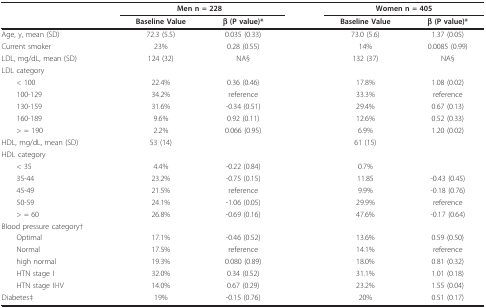
<table><thead><tr><td></td><td colspan="2"><b>Men n = 228</b></td><td></td><td colspan="2"><b>Women n = 405</b></td></tr><tr><td></td><td><b>Baseline Value</b></td><td><b>β (P value)*</b></td><td></td><td><b>Baseline Value</b></td><td><b>β (P value)*</b></td></tr></thead><tbody><tr><td>Age, y, mean (SD)</td><td>72.3 (5.5)</td><td>0.035 (0.33)</td><td></td><td>73.0 (5.6)</td><td>1.37 (0.05)</td></tr><tr><td>Current smoker</td><td>23%</td><td>0.28 (0.55)</td><td></td><td>14%</td><td>0.0085 (0.99)</td></tr><tr><td>LDL, mg/dL, mean (SD)</td><td>124 (32)</td><td>NA§</td><td></td><td>132 (37)</td><td>NA§</td></tr><tr><td>LDL category</td><td></td><td></td><td></td><td></td><td></td></tr><tr><td> &lt; 100</td><td>22.4%</td><td>0.36 (0.46)</td><td></td><td>17.8%</td><td>1.08 (0.02)</td></tr><tr><td> 100-129</td><td>34.2%</td><td>reference</td><td></td><td>33.3%</td><td>reference</td></tr><tr><td> 130-159</td><td>31.6%</td><td>-0.34 (0.51)</td><td></td><td>29.4%</td><td>0.67 (0.13)</td></tr><tr><td> 160-189</td><td>9.6%</td><td>0.92 (0.11)</td><td></td><td>12.6%</td><td>0.52 (0.33)</td></tr><tr><td> &gt; = 190</td><td>2.2%</td><td>0.066 (0.95)</td><td></td><td>6.9%</td><td>1.20 (0.02)</td></tr><tr><td>HDL, mg/dL, mean (SD)</td><td>53 (14)</td><td></td><td></td><td>61 (15)</td><td></td></tr><tr><td>HDL category</td><td></td><td></td><td></td><td></td><td></td></tr><tr><td> &lt; 35</td><td>4.4%</td><td>-0.22 (0.84)</td><td></td><td>0.7%</td><td></td></tr><tr><td> 35-44</td><td>23.2%</td><td>-0.75 (0.15)</td><td></td><td>11.85</td><td>-0.43 (0.45)</td></tr><tr><td> 45-49</td><td>21.5%</td><td>reference</td><td></td><td>9.9%</td><td>-0.18 (0.76)</td></tr><tr><td> 50-59</td><td>24.1%</td><td>-1.06 (0.05)</td><td></td><td>29.9%</td><td>reference</td></tr><tr><td> &gt; = 60</td><td>26.8%</td><td>-0.69 (0.16)</td><td></td><td>47.6%</td><td>-0.17 (0.64)</td></tr><tr><td>Blood pressure category†</td><td></td><td></td><td></td><td></td><td></td></tr><tr><td> Optimal</td><td>17.1%</td><td>-0.46 (0.52)</td><td></td><td>13.6%</td><td>0.59 (0.50)</td></tr><tr><td> Normal</td><td>17.5%</td><td>reference</td><td></td><td>14.1%</td><td>reference</td></tr><tr><td> high normal</td><td>19.3%</td><td>0.080 (0.89)</td><td></td><td>18.0%</td><td>0.81 (0.32)</td></tr><tr><td> HTN stage I</td><td>32.0%</td><td>0.34 (0.52)</td><td></td><td>31.1%</td><td>1.01 (0.18)</td></tr><tr><td> HTN stage II-IV</td><td>14.0%</td><td>0.67 (0.29)</td><td></td><td>23.2%</td><td>1.55 (0.04)</td></tr><tr><td>Diabetes‡</td><td>19%</td><td>-0.15 (0.76)</td><td></td><td>20%</td><td>0.51 (0.17)</td></tr></tbody></table>